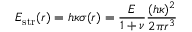
E _ { \mathrm { s t r } } ( r ) = h \kappa \sigma ( r ) = \frac { E } { 1 + \nu } \frac { ( h \kappa ) ^ { 2 } } { 2 \pi r ^ { 3 } }